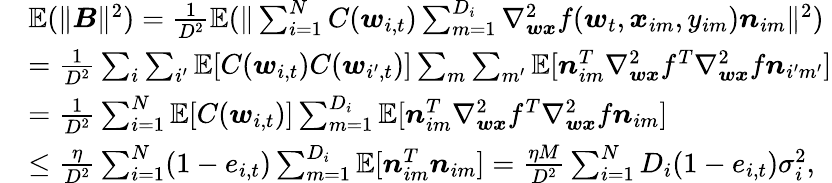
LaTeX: \begin{array}{rl}&{\mathbb{E}(\| \boldsymbol{B}\| ^{2})=\frac{1}{D^{2}}\mathbb{E}(\| \sum_{i=1}^{N}C(\boldsymbol{w}_{i,t})\sum_{m=1}^{D_{i}}\nabla_{\boldsymbol{wx}}^{2}f(\boldsymbol{w}_{t},\boldsymbol{x}_{im},y_{im})\boldsymbol{n}_{im}\| ^{2})}\\ &{=\frac{1}{D^{2}}\sum_{i}\sum_{i^{\prime}}\mathbb{E}[C(\boldsymbol{w}_{i,t})C(\boldsymbol{w}_{i^{\prime},t})]\sum_{m}\sum_{m^{\prime}}\mathbb{E}[\boldsymbol{n}_{im}^{T}\nabla_{\boldsymbol{wx}}^{2}f^{T}\nabla_{\boldsymbol{wx}}^{2}f\boldsymbol{n}_{i^{\prime}m^{\prime}}]}\\ &{=\frac{1}{D^{2}}\sum_{i=1}^{N}\mathbb{E}[C(\boldsymbol{w}_{i,t})]\sum_{m=1}^{D_{i}}\mathbb{E}[\boldsymbol{n}_{im}^{T}\nabla_{\boldsymbol{wx}}^{2}f^{T}\nabla_{\boldsymbol{wx}}^{2}f\boldsymbol{n}_{im}]}\\ &{\le\frac{\eta}{D^{2}}\sum_{i=1}^{N}(1-e_{i,t})\sum_{m=1}^{D_{i}}\mathbb{E}[\boldsymbol{n}_{im}^{T}\boldsymbol{n}_{im}]=\frac{\eta M}{D^{2}}\sum_{i=1}^{N}D_{i}(1-e_{i,t})\sigma_{i}^{2},}\end{array}